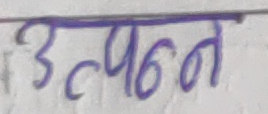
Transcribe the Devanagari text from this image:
उत्पन्न